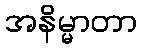
အနိမ္မာတာ